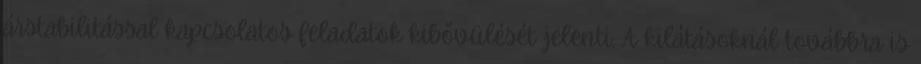
árstabilitással kapcsolatos feladatok kibővülését jelenti. A kilátásoknál továbbra is